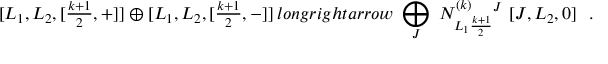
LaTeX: [ L _ { 1 } , L _ { 2 } , [ { \textstyle \frac { k + 1 } { 2 } } , + ] ] \oplus [ L _ { 1 } , L _ { 2 } , [ { \textstyle \frac { k + 1 } { 2 } } , - ] ] \, l o n g r i g h t a r r o w \ \bigoplus _ { J } \ N _ { L _ { 1 } \frac { k + 1 } { 2 } } ^ { ( k ) } { } ^ { J } \ [ J , L _ { 2 } , 0 ] \ \ .